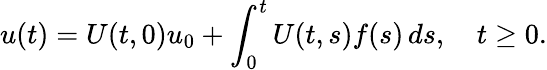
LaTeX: u(t)=U(t,0)u_{0}+\int_{0}^{t}U(t,s)f(s)\, ds,\quad t\geq 0.